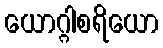
ယောဂ္ဂါစရိယော